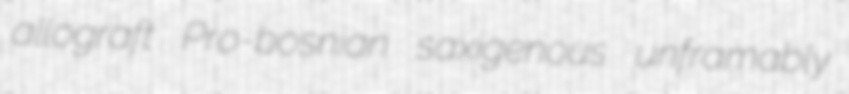
allograft Pro-bosnian saxigenous unframably